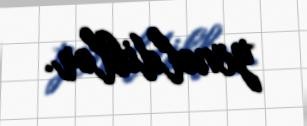
yönəldiblər.